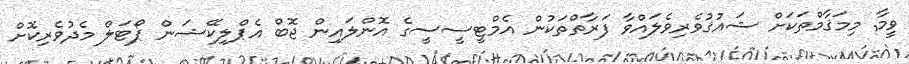
ވީމާ